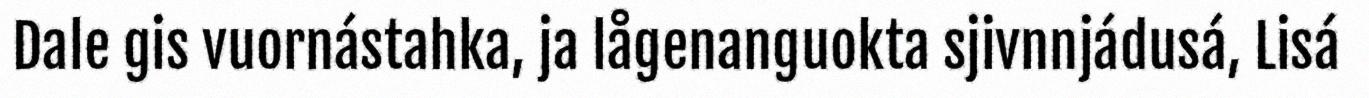
Dale gis vuornástahka, ja lågenanguokta sjivnnjádusá, Lisá